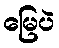
မြေပဲ